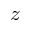
z